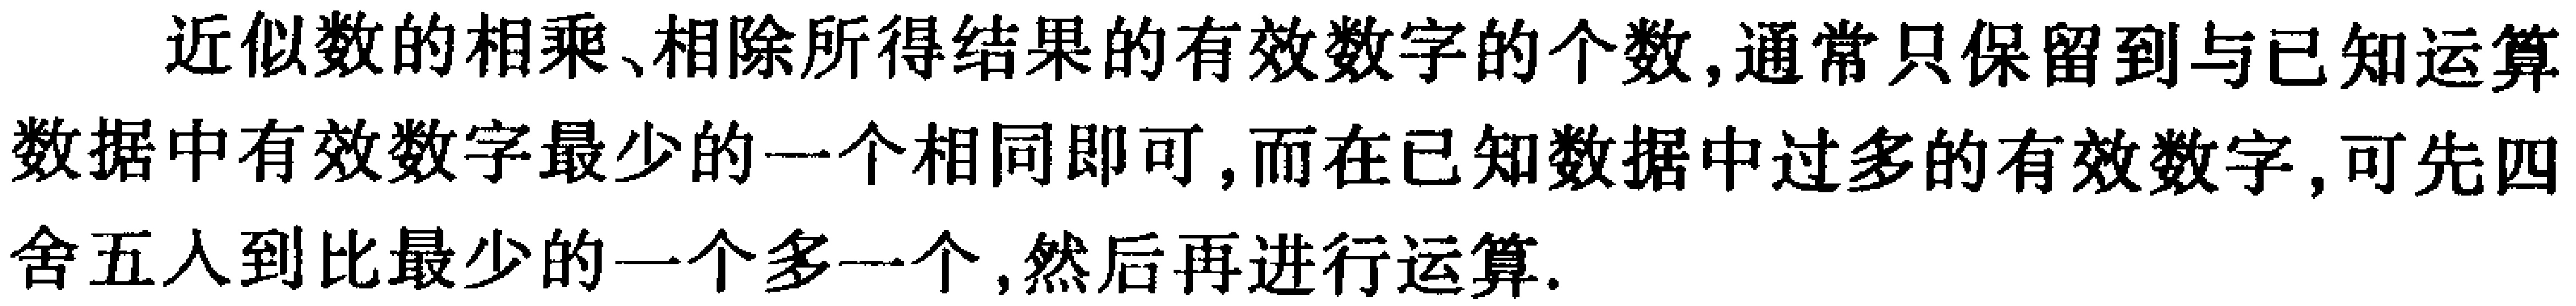
近似数的相乘、相除所得结果的有效数字的个数,通常只保留到与已知运算数据中有效数字最少的一个相同即可,而在已知数据中过多的有效数字,可先四舍五入到比最少的一个多一个,然后再进行运算.